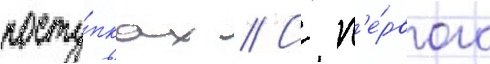
посту́пках // С п'е́рвого